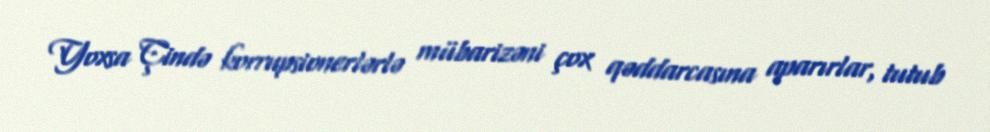
Yoxsa Çində korrupsionerlərlə mübarizəni çox qəddarcasına aparırlar, tutub